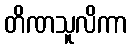
တိဏသူလိကာ